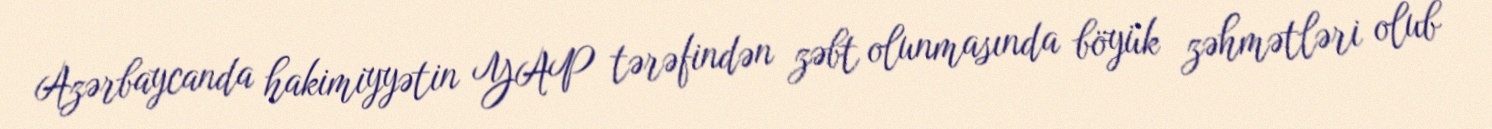
Azərbaycanda hakimiyyətin YAP tərəfindən zəbt olunmasında böyük zəhmətləri olub